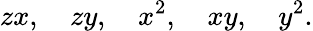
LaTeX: zx,\quad zy,\quad x^{2},\quad xy,\quad y^{2}.